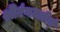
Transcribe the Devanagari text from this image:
श्रीरंगमतीर्थ